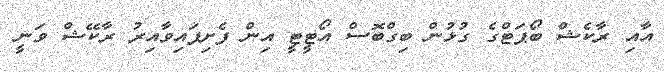
އާއި ރާކެޝް ބޯޕަޓްގެ ގުޅުން ބިގްބޮސް އޯޓީޓީ އިން ފެށިފައިވާއިރު ރާކޭޝް ވަނީ